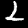
Label: 2